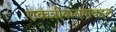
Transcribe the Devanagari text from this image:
एकत्रीकरणाबद्दल